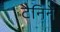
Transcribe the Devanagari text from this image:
टैनिनें